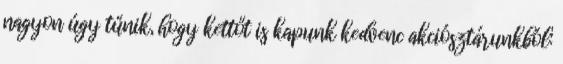
nagyon úgy tűnik, hogy kettőt is kapunk kedvenc akciósztárunkból: